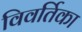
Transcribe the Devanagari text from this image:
विवर्तिका